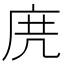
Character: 𢈐